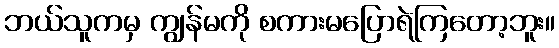
ဘယ်သူကမှ ကျွန်မကို စကားမပြောရဲကြတော့ဘူး။